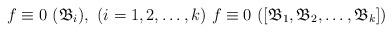
LaTeX: \begin{align*}f \equiv 0\ (\mathfrak{B}_{i}),\ (i = 1, 2, \dots, k)\ f \equiv 0\ ([\mathfrak{B}_{1}, \mathfrak{B}_{2}, \dots, \mathfrak{B}_{k}])\end{align*}